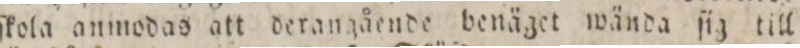
ſkola anmodas att derangående benäget wända ſig till